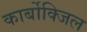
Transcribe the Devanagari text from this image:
कार्बोक्जिल